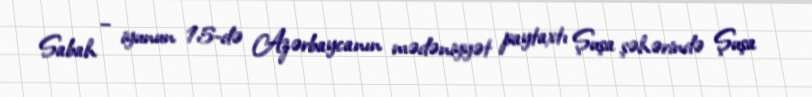
Sabah – iyunun 15-də Azərbaycanın mədəniyyət paytaxtı Şuşa şəhərində Şuşa